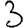
Digit: 3